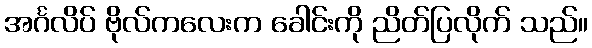
အင်္ဂလိပ် ဗိုလ်ကလေးက ခေါင်းကို ညိတ်ပြလိုက် သည်။